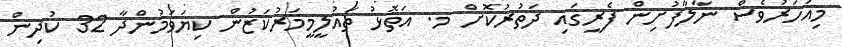
މިއަހަރުވެސް ނާލާފުށިން ފެރީގައި ދަތުރުކޮށް މ. އަތޮޅު ތައުލީމީމަރުކަޒުން ކިޔަވަމުންދާ 32 ކުދިން